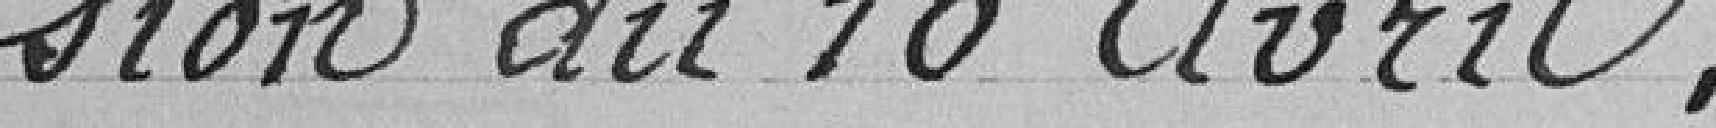
-sion du 16 avril